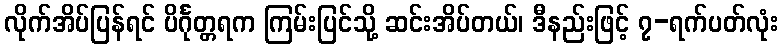
လိုက်အိပ်ပြန်ရင် ပိင်္ဂုတ္တရက ကြမ်းပြင်သို့ ဆင်းအိပ်တယ်၊ ဒီနည်းဖြင့် ၇-ရက်ပတ်လုံး